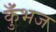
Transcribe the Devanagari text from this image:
कुँभज